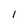
Character: l